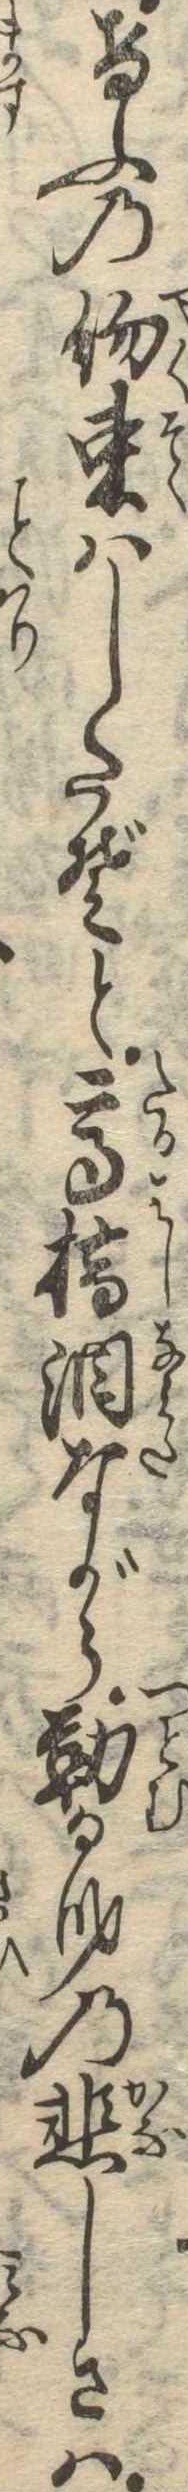
けふの約束はしたぞと高橋涙ながら勤る身の悲しさは